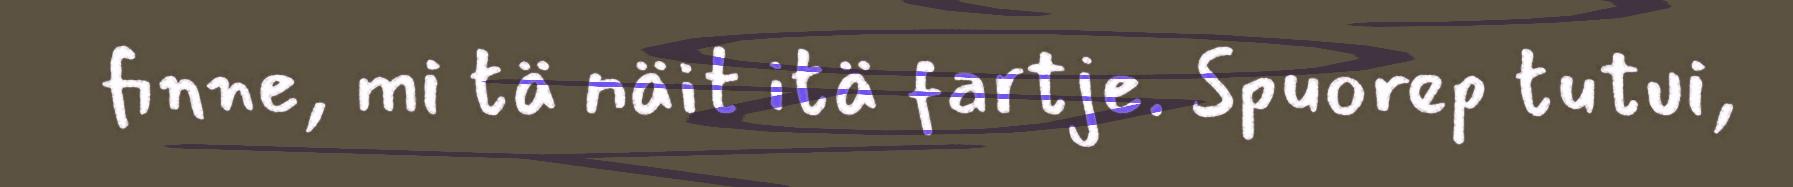
finne, mi tä näit itä fartje. Spuorep tutui,